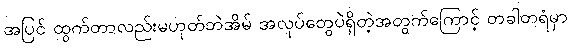
အပြင် ထွက်တာလည်းမဟုတ်ဘဲအိမ် အလုပ်တွေပဲရှိတဲ့အတွက်ကြောင့် တခါတရံမှာ